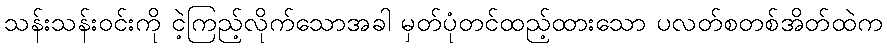
သန်းသန်းဝင်းကို ငဲ့ကြည့်လိုက်သောအခါ မှတ်ပုံတင်ထည့်ထားသော ပလတ်စတစ်အိတ်ထဲက